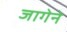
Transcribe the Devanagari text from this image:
जागेने